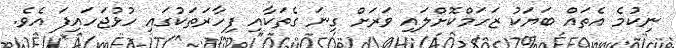
ނިކުމެ އެތައް ބަޔަކު ޒަހަމްކޮށްލައި ވަރަށް ގިނަ ގެތަކާއި ފިހާރަތަކުގައި ހުޅުޖަހައިފަ އެވެ.